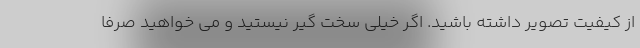
از کیفیت تصویر داشته باشید. اگر خیلی سخت گیر نیستید و می خواهید صرفا